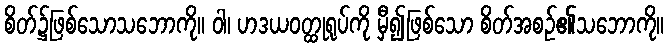
စိတ်၌ဖြစ်သောသဘောကို။ ဝါ၊ ဟဒယဝတ္ထုရုပ်ကို မှီ၍ဖြစ်သော စိတ်အစဉ်၏သဘောကို။